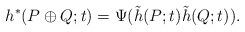
LaTeX: \begin{align*}h^*(P \oplus Q;t) = \Psi(\tilde{h}(P;t)\tilde{h}(Q;t)).\end{align*}